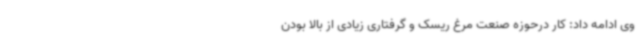
وی ادامه داد: کار درحوزه صنعت مرغ ریسک و گرفتاری زیادی از بالا بودن